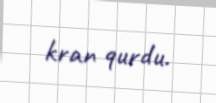
kran qurdu.